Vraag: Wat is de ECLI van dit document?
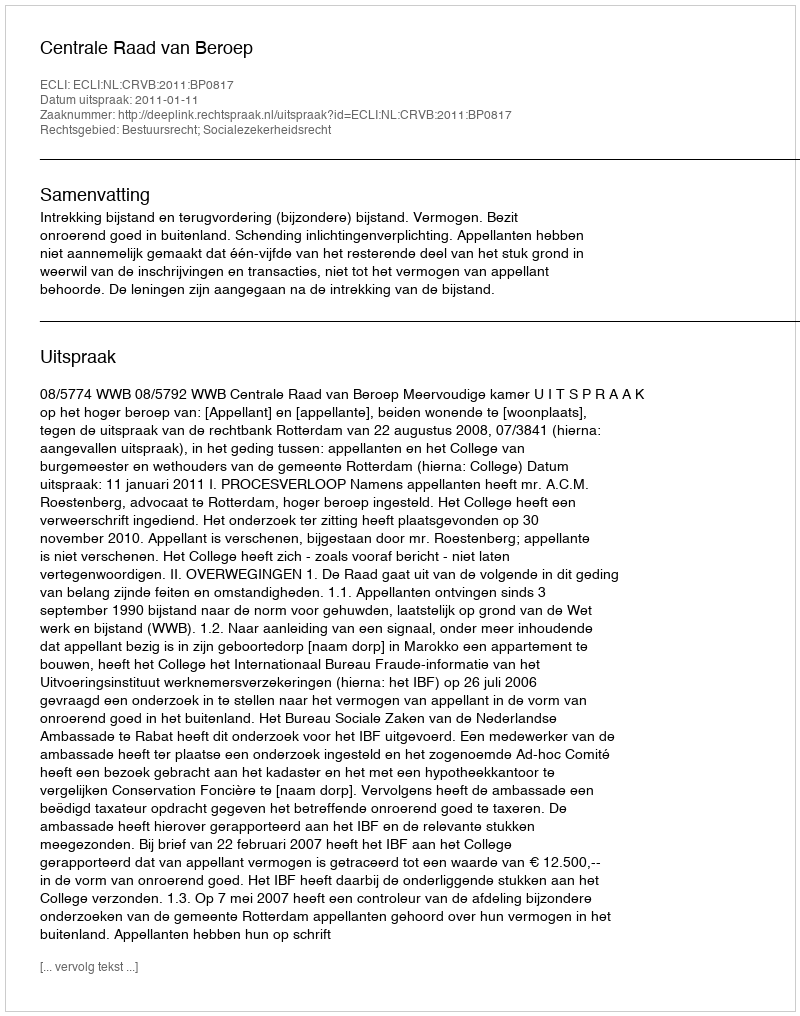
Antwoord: ECLI:NL:CRVB:2011:BP0817